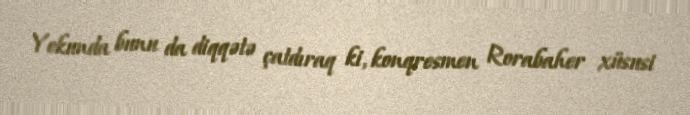
Yekunda bunu da diqqətə çatdıraq ki, konqresmen Rorabaher xüsusi